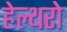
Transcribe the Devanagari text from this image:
हेल्थरो